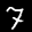
Label: 7